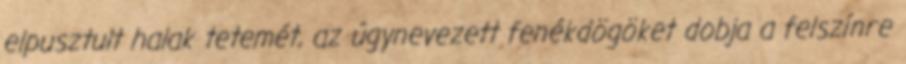
elpusztult halak tetemét, az úgynevezett fenékdögöket dobja a felszínre